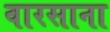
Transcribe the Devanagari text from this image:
वारसाना